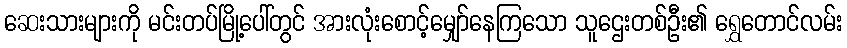
ဆေးသားများကို မင်းတပ်မြို့ပေါ်တွင် အားလုံးစောင့်မျှော်နေကြသော သူဌေးတစ်ဦး၏ ရွှေတောင်လမ်း